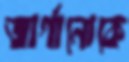
জার্গানোকে